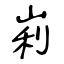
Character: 峲